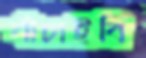
বাঁচাইবি